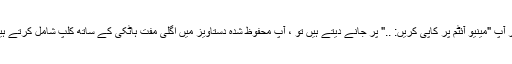
اگر آپ "مینیو آئٹم پر کاپی کریں: .." پر جانے دیتے ہیں تو ، آپ محفوظ شدہ دستاویز میں اگلی مفت ہاٹکی کے ساتھ کلپ شامل کرتے ہیں۔